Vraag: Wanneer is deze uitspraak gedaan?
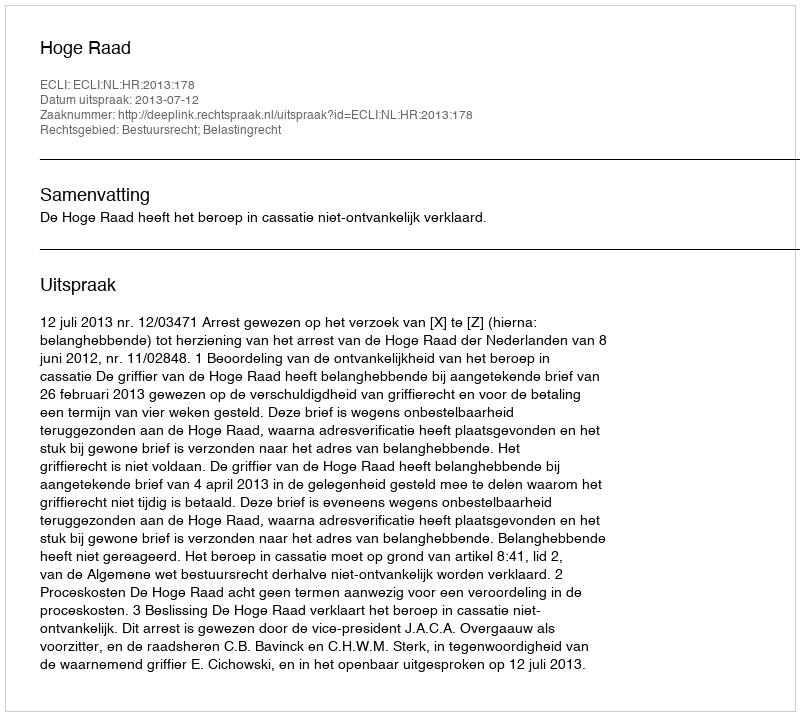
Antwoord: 2013-07-12